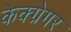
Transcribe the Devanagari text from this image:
केक्ग्रेगर